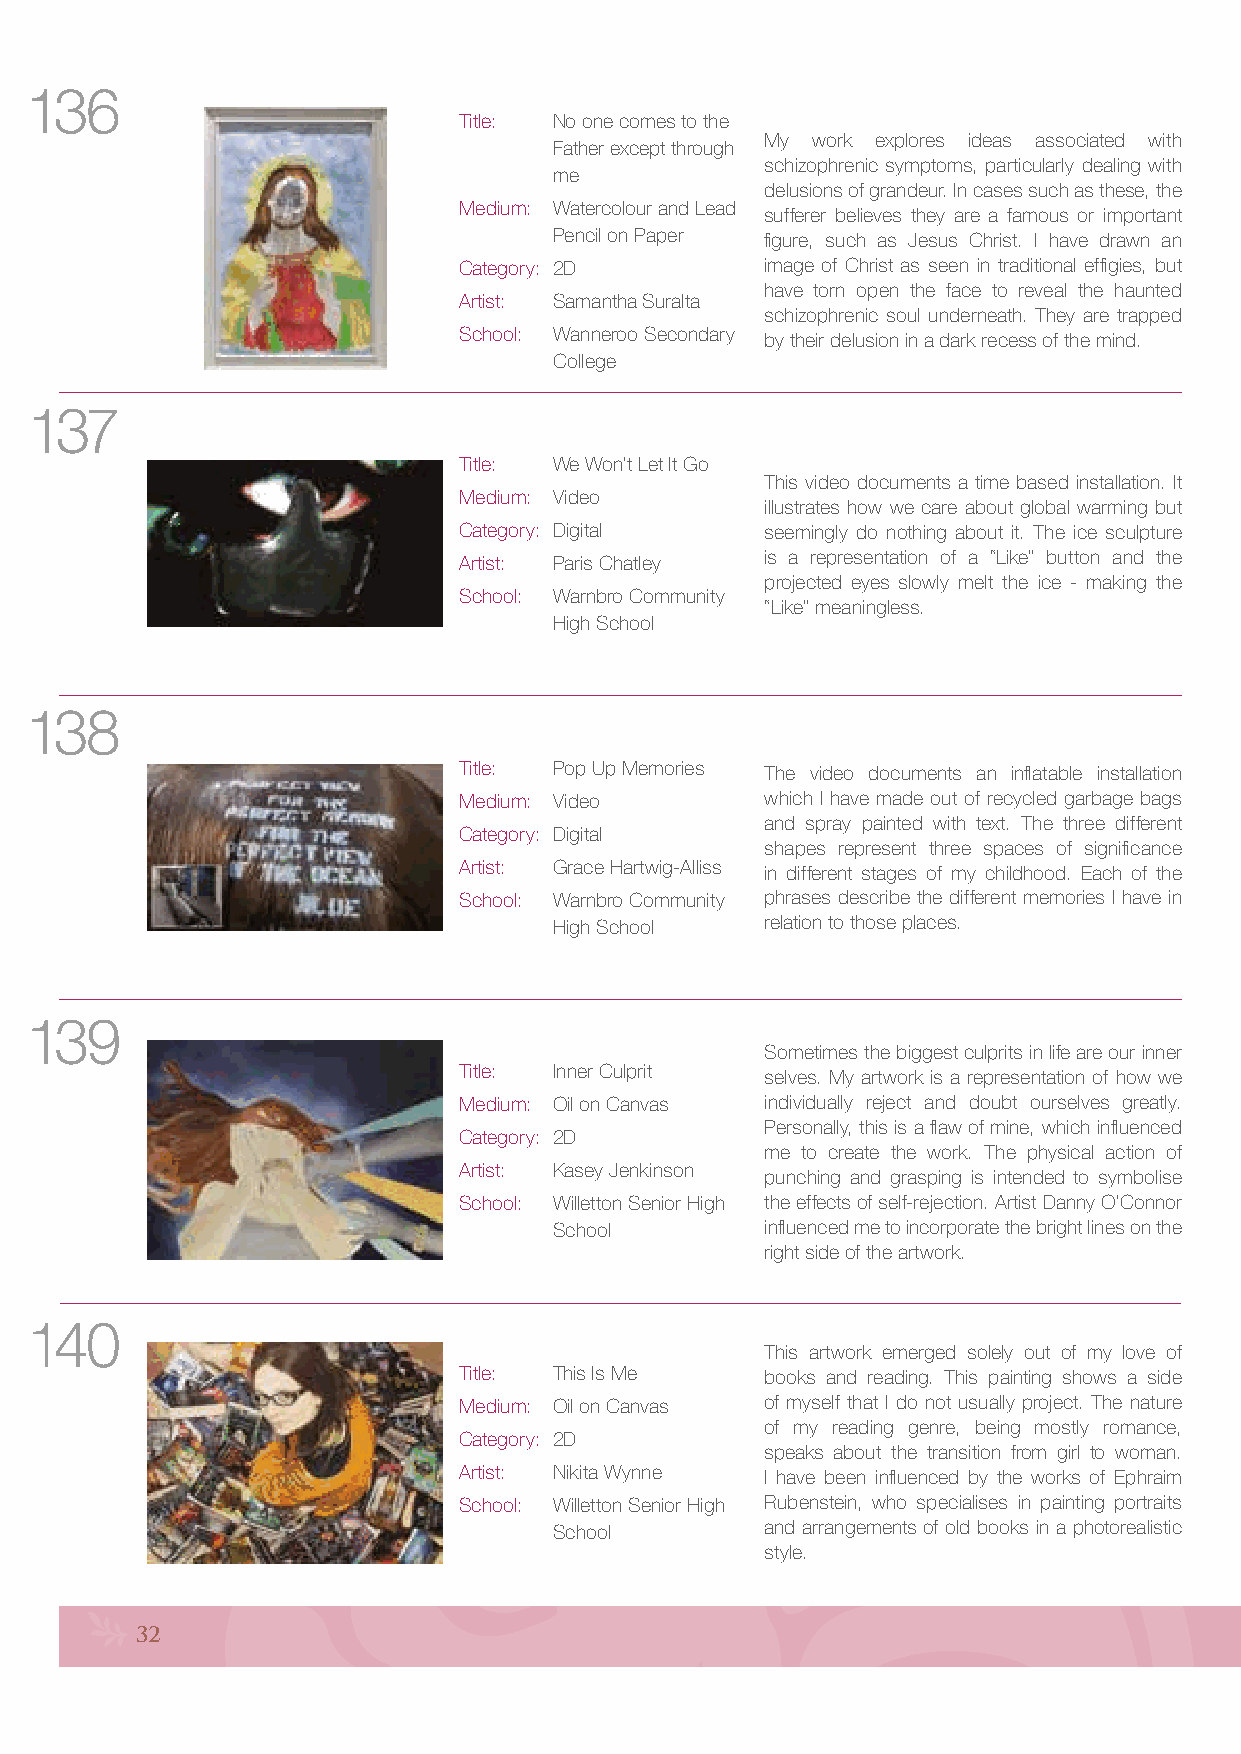
136
 Title: No one comes to the
 My work explores ideas associated with
 Father except through
 schizophrenic symptoms, particularly dealing with
 me
 delusions of grandeur. In cases such as these, the
 Medium: Watercolour and Lead
 sufferer believes they are a famous or important
 Pencil on Paper figure, such as Jesus Christ. I have drawn an
 Category: 2D         image of Christ as seen in traditional effigies, but
 have torn open the face to reveal the haunted
 Artist: Samantha Suralta
 schizophrenic soul underneath. They are trapped
 School: Wanneroo Secondary by their delusion in a dark recess of the mind.
 College
 137
 Title: We Won’t Let It Go
 This video documents a time based installation. It
 Medium: Video
 illustrates how we care about global warming but
 Category: Digital    seemingly do nothing about it. The ice sculpture
 is a representation of a “Like” button and the
 Artist: Paris Chatley
 projected eyes slowly melt the ice - making the
 School: Warnbro Community
 “Like” meaningless.
 High School
 138
 Title: Pop Up Memories The video documents an inflatable installation
 Medium: Video        which I have made out of recycled garbage bags
 and spray painted with text. The three different
 Category: Digital
 shapes represent three spaces of significance
 Artist: Grace Hartwig-Alliss in different stages of my childhood. Each of the
 School: Warnbro Community phrases describe the different memories I have in
 High School   relation to those places.
 139
 Sometimes the biggest culprits in life are our inner
 Title: Inner Culprit selves. My artwork is a representation of how we
 Medium: Oil on Canvas individually reject and doubt ourselves greatly.
 Personally, this is a flaw of mine, which influenced
 Category: 2D
 me to create the work. The physical action of
 Artist: Kasey Jenkinson
 punching and grasping is intended to symbolise
 School: Willetton Senior High the effects of self-rejection. Artist Danny O’Connor
 School        influenced me to incorporate the bright lines on the
 right side of the artwork.
 140
 This artwork emerged solely out of my love of
 Title: This Is Me    books and reading. This painting shows a side
 Medium: Oil on Canvas of myself that I do not usually project. The nature
 of my reading genre, being mostly romance,
 Category: 2D
 speaks about the transition from girl to woman.
 Artist: Nikita Wynne I have been influenced by the works of Ephraim
 School: Willetton Senior High Rubenstein, who specialises in painting portraits
 School        and arrangements of old books in a photorealistic
 style.
 32